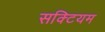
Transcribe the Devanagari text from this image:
सक्टियम